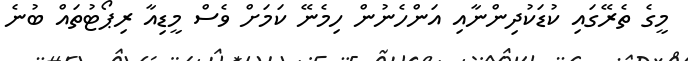
މީގެ ތެރޭގައި ކުޑަކުދިންނާއި އަންހެނުން ހިމެނޭ ކަމަށް ވެސް މީޑިއާ ރިޕޯޓުތައް ބުނެ